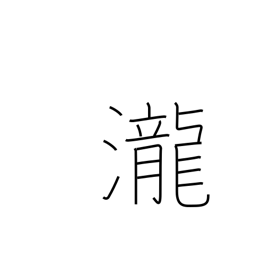
Meaning: rapids